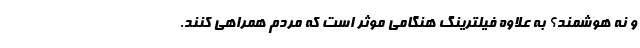
و نه هوشمند؟ به علاوه فیلترینگ هنگامی موثر است که مردم همراهی کنند.